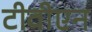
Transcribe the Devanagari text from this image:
टीवीएन